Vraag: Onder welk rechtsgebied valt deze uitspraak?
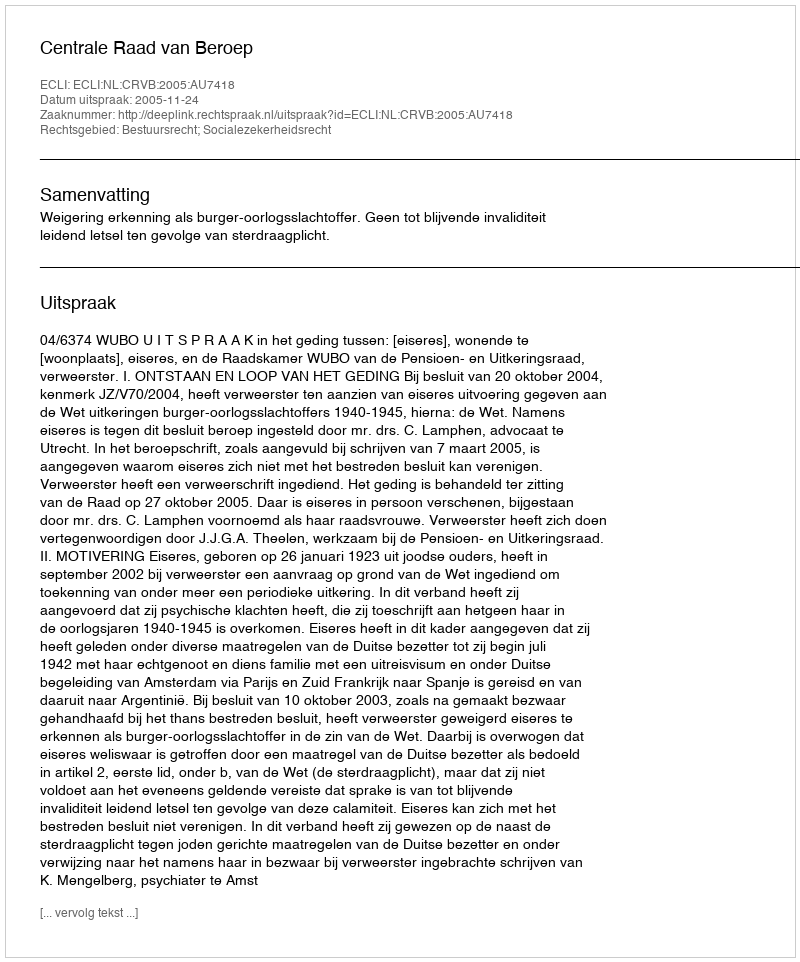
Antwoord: Bestuursrecht; Socialezekerheidsrecht